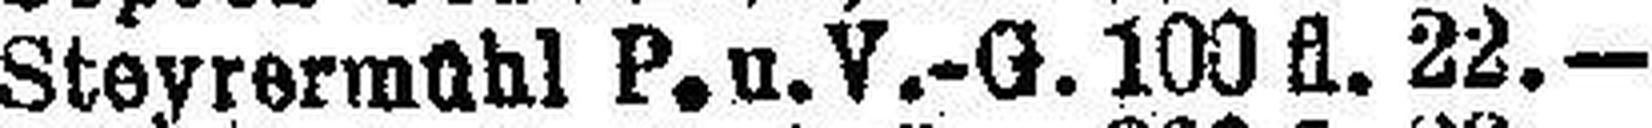
Steyrermühl P.u.V.-G. 100 fl. 22.—